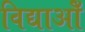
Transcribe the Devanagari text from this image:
विद्याओँ